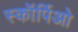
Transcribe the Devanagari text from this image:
स्कॉर्पिओ